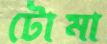
টোমা